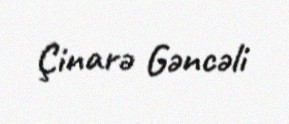
Çinarə Gəncəli